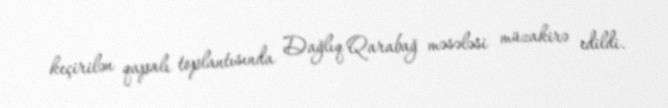
keçirilən qapalı toplantısında Dağlıq Qarabağ məsələsi müzakirə edildi.